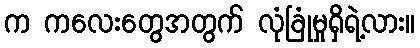
က ကလေးတွေအတွက် လုံခြုံမှုရှိရဲ့လား။